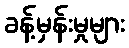
ခန့်မှန်းမှုများ